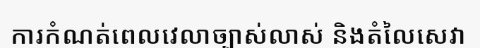
ការកំណត់ពេលវេលាច្បាស់លាស់ និងតំលៃសេវា